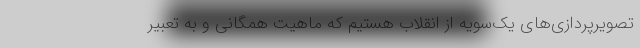
تصویرپردازی‌های یک‌سویه از انقلاب هستیم که ماهیت همگانی و به تعبیر